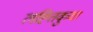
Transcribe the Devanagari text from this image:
लह्तिकुवा